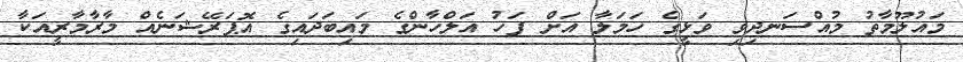
މައުލޫމާތު މުއްސަނދިވި ވަޅީގެ ހަމަލާ އަށް ފަހު އަލްހާންގެ މައިބަދައިގެ އޮޕަރޭޝަނެއް މާރާމާރީއަކާ